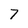
Character: 7